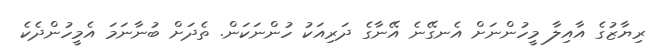
ރިޔާޒުގެ އާއިލާ މީހުންނަށް އެނގޭނެ އޭނާގެ ދަރިއަކު ހުންނަކަން. ތެދަށް ބުނާނަމަ އެމީހުންދެކެ